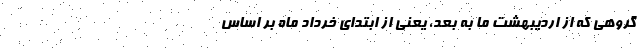
گروهی که از اردیبهشت ما به بعد، یعنی از ابتدای خرداد ماه بر اساس